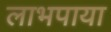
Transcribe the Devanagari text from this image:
लाभपाया